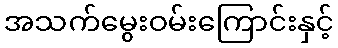
အသက်မွေးဝမ်းကြောင်းနှင့်